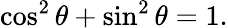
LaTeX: \cos^{2}\theta+\sin^{2}\theta=1.